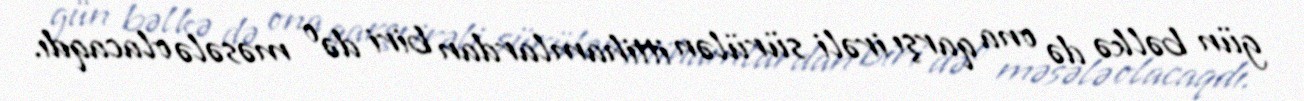
gün bəlkə də ona qarşı irəli sürülən ittihamlardan biri də o məsələ olacaqdı.